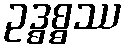
ဥဒ္ဓစ္စဿ